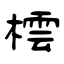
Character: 橒